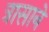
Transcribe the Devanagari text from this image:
त्रासाने